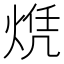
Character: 𬊠